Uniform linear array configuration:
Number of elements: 48
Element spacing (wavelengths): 0.75
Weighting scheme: blackman
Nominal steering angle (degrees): -30
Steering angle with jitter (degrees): -29.805
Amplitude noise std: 0.05
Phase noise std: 0.05

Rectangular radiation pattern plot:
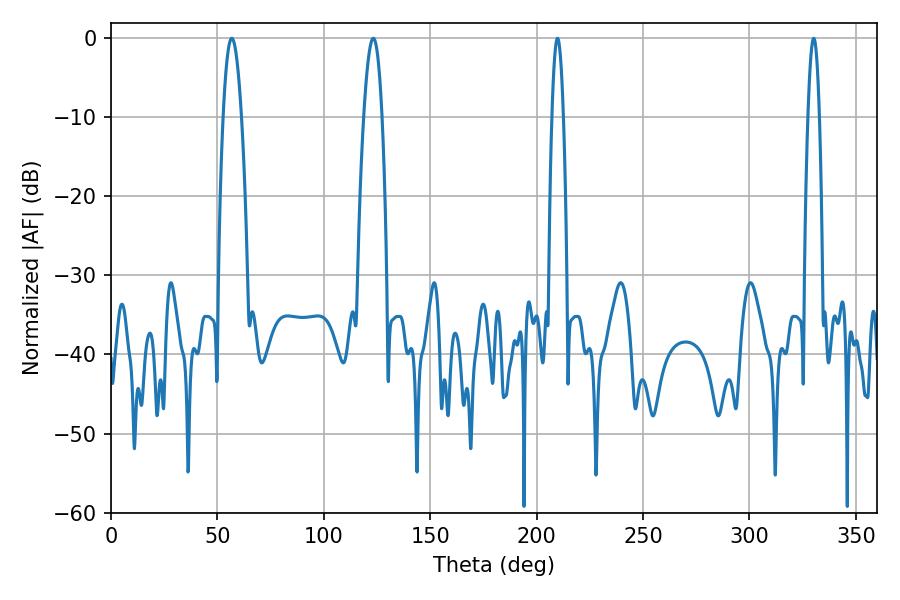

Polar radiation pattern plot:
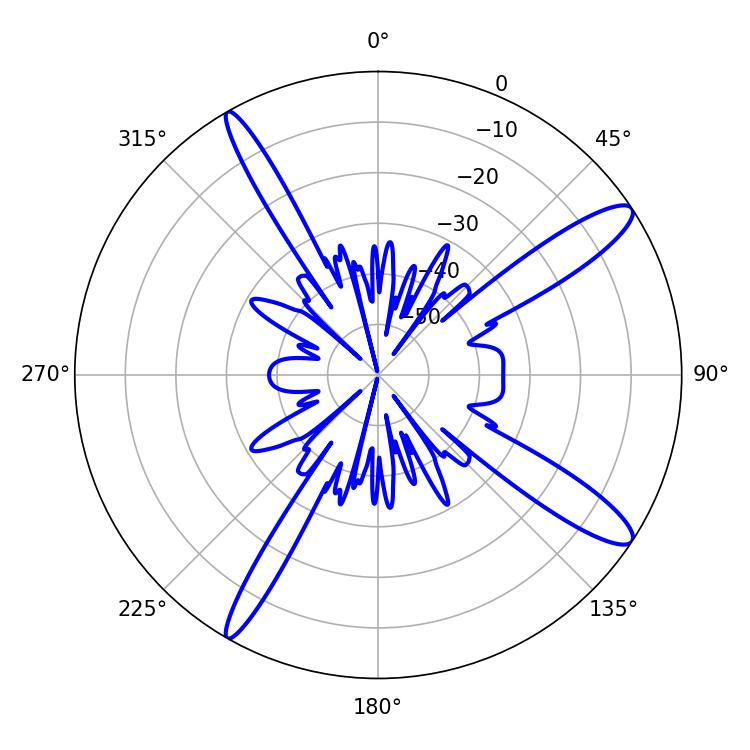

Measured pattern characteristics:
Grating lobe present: TRUE
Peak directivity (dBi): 13.293
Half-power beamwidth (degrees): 4.68
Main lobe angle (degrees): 56.7